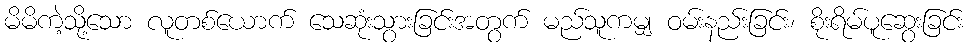
မိမိကဲ့သို့သော လူတစ်ယောက် သေဆုံးသွားခြင်းအတွက် မည်သူကမျှ ဝမ်းနည်းခြင်း၊ စိုးရိမ်ပူဆွေးခြင်း